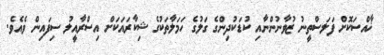
ޚާއްސަކޮށް ފަލަސްތީނު ޒުވާނުންނާއި ކުޑަކުދިންގެ ގަލުގެ ހަމަލާތަކުގެ ޝިކާރައަކަށް އިސްރާއީލު ސިފައިން ވެއެވެ.